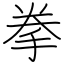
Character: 拳